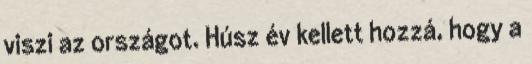
viszi az országot. Húsz év kellett hozzá, hogy a